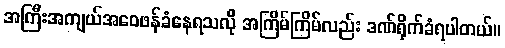
အကြီးအကျယ်အဝေဖန်ခံနေရသလို အကြိမ်ကြိမ်လည်း ဒဏ်ရိုက်ခံရပါတယ်။